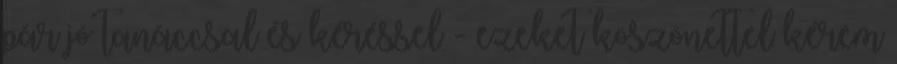
pár jó tanáccsal és kéréssel - ezeket köszönettel kérem